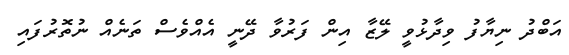
އަބްދު ނިޔާފު ވިދާޅުވީ ލޭޒާ އިން ފަރުވާ ދޭނީ އެއްވެސް ތަނެއް ނުތޮރުފައި